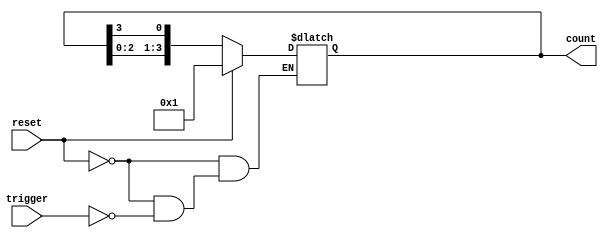
module async_ring_counter #(
    parameter N = 4  // Number of flip-flops (states)
) (
    input wire reset,  // Asynchronous reset
    input wire trigger, // Trigger signal to advance the counter
    output reg [N-1:0] count // Output state of the ring counter
);

    // Initial state
    initial begin
        count = 1'b1; // Initial state with the first flip-flop set
    end

    // Asynchronous reset and state transition
    always @* begin
        if (reset) begin
            count = 1'b1; // Reset state
        end else if (trigger) begin
            count = {count[N-2:0], count[N-1]}; // Shift left and wrap around
        end
    end

endmodule